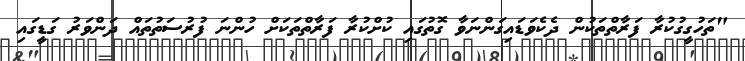
"ތަހުގީގުކުރާ ފަރާތްތަކުން ދެކެވަޑައިގަންނަވާ ގޮތުގައި ކުށްކުރާ ފަރާތްތަކަށް ހުންނަ ފުރުސަތުތައް ދަންވަރު ގަޑީގައި